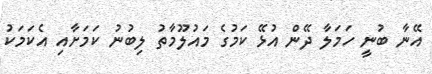
އޭނާ ބުނީ ހަމަލާ ދޭން އުޅޭ ކަމުގެ މައުލޫމާތު ލިބުނު ކަމަށާއި އެކަމަކު